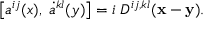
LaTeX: \left[ a ^ { i j } ( x ) , \; \dot { a } ^ { k l } ( y ) \right] = i \; D ^ { i j , k l } ( { \bf x - y } ) .